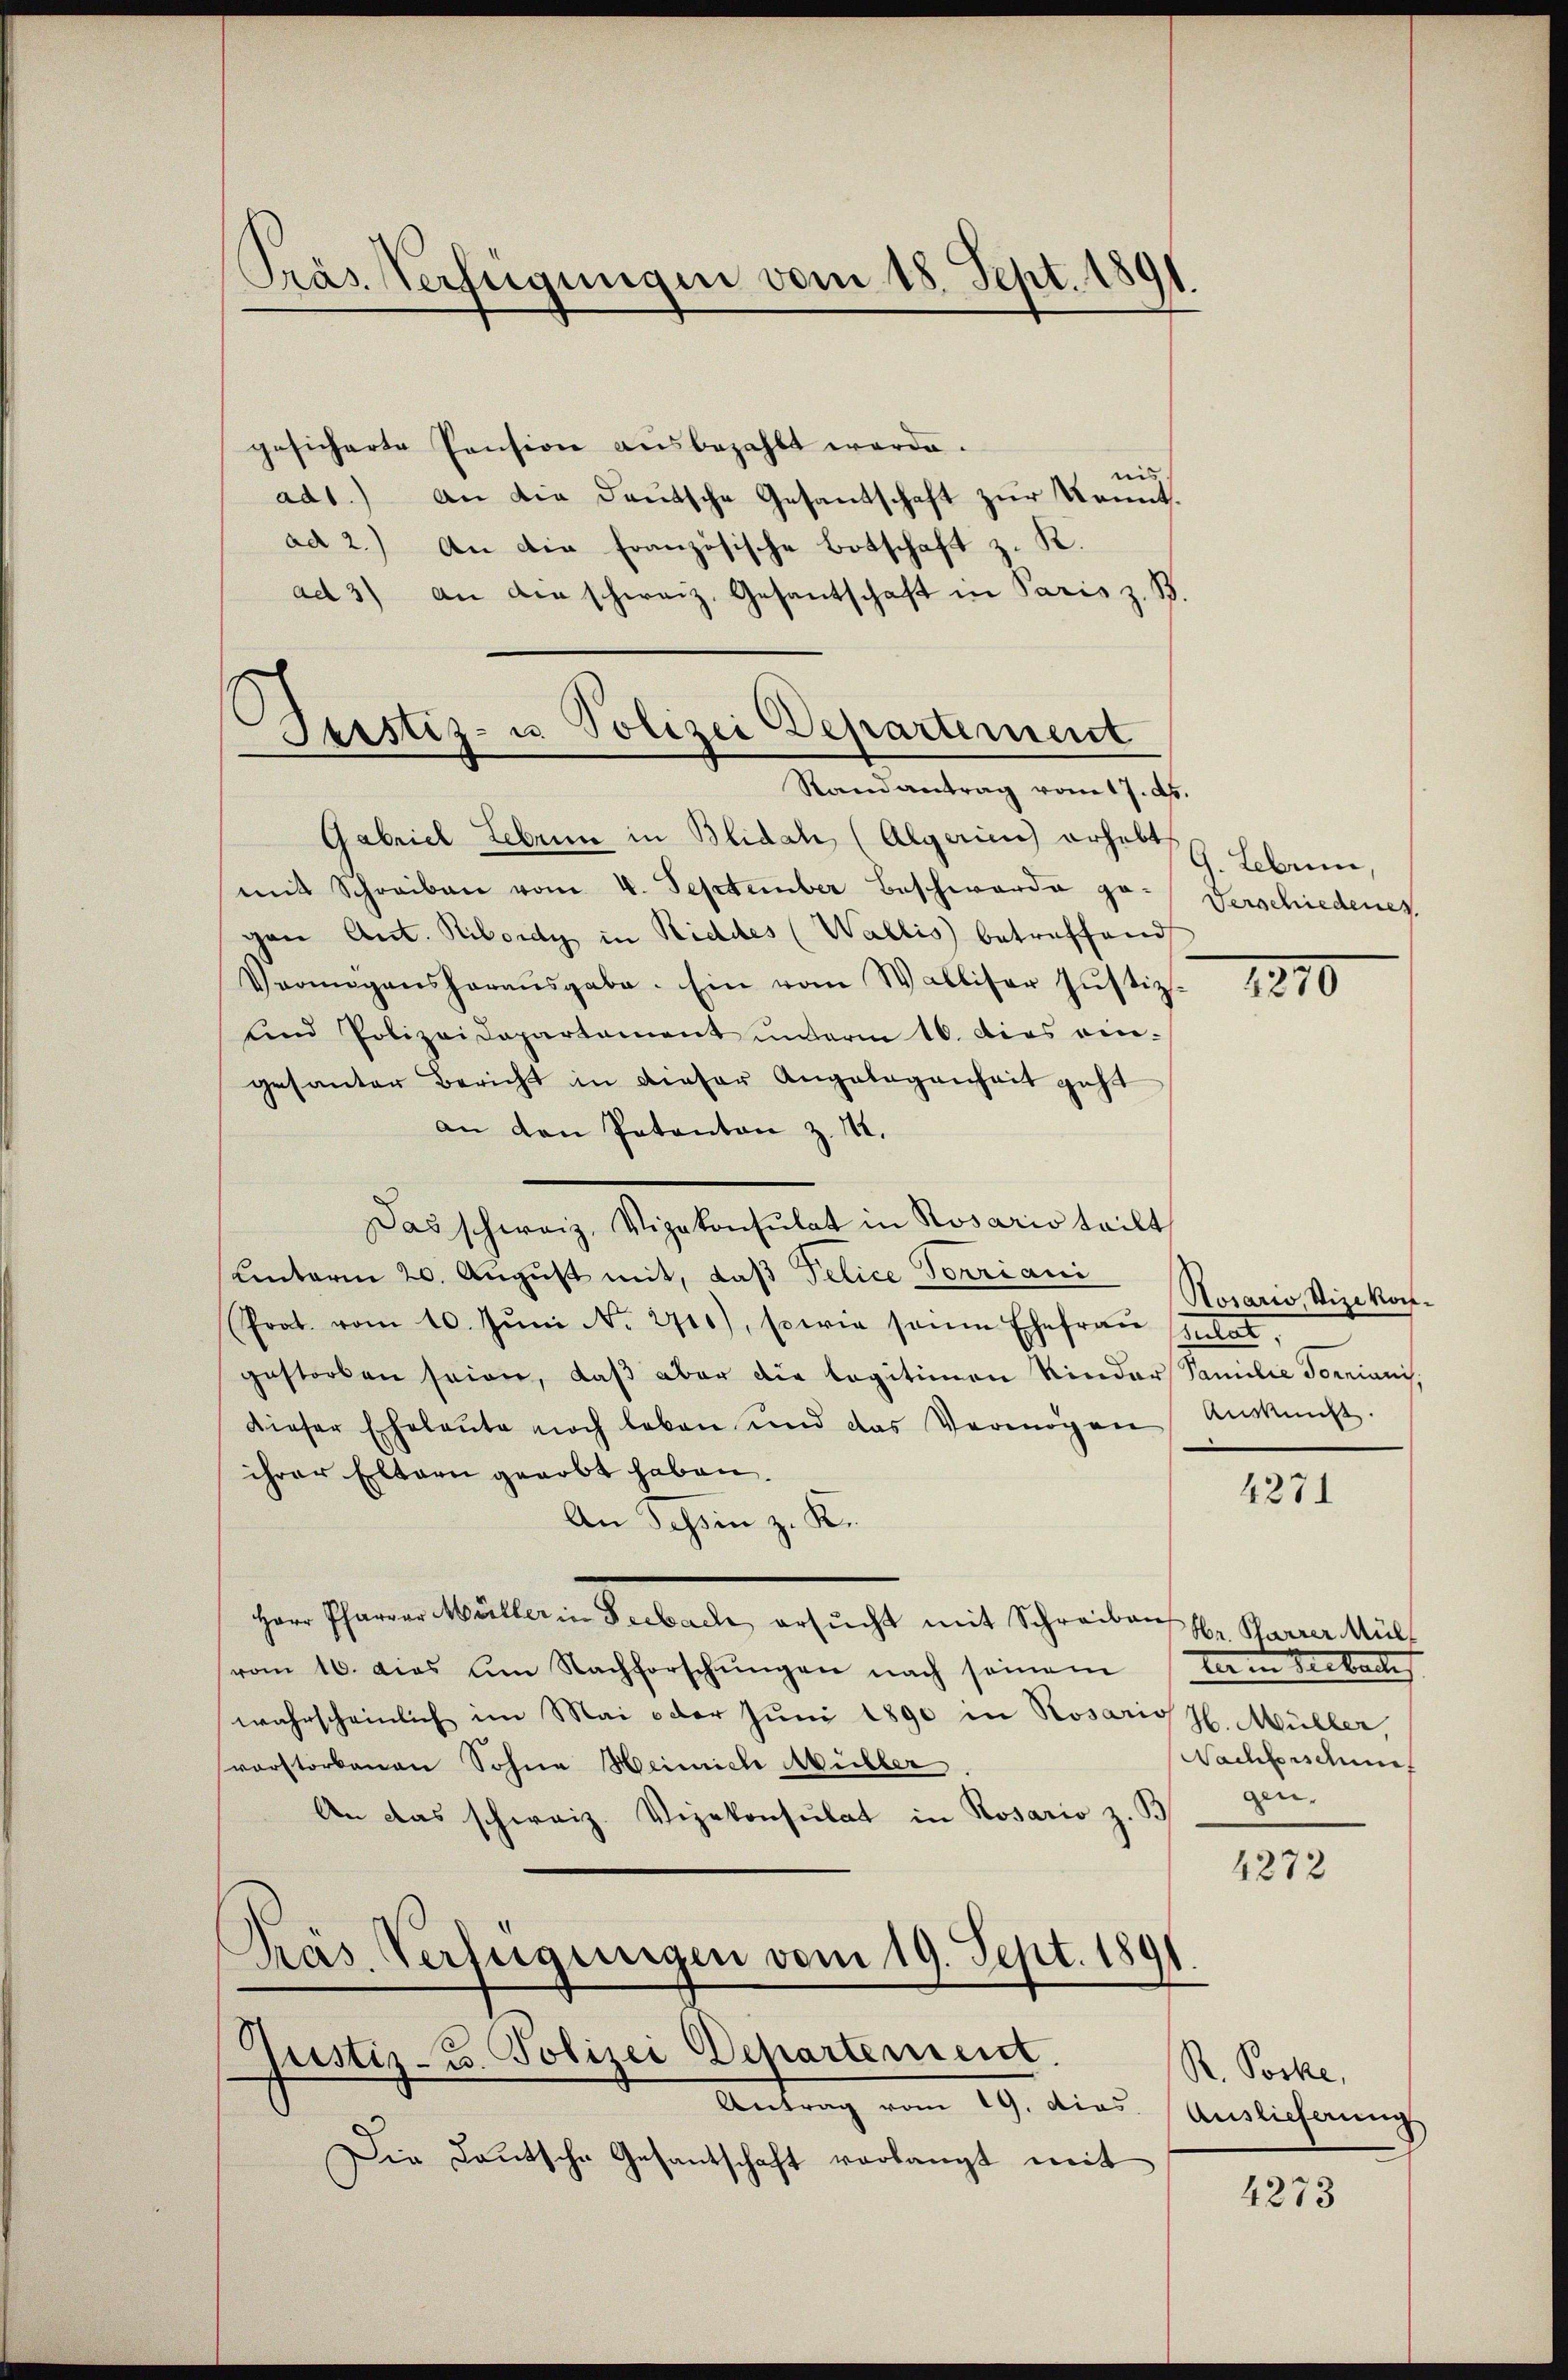
Präs. Verfügungen vom 18. Sept. 1891

.
Justiz- u. Polizei Departement

gesicherte Pension aŭsbezahlt werde.
nis
ad1.) An die Deutsche Gesandschaft zur Kennt.
ad 2.) An die Französische Botschaft z. R.
ad 3) an die schweiz. Gesantschaft in Paris z. B.
Stand antrag vom 17. d.
Gabriel Lebenn in Blidal (Algarin erhebt
mit Schreiben vom 4. September Beschwerde ge- Verschiedenes
gen Ant. Ribordy in Riddes (Wallis betreffend
Vermögenshoraŭsgabe. Ein vom Walliser Justiz - 1890
und Polizeidepartement ŭnterm 16. dies ein-
gesanter Bericht in dieser Angelegenheit geht
an den Patanton z. 142.
Das schweiz. Vizekonsulat in Rosario teilt
unterm 20. August mit, daß Pelice Vorriani
Horario, Vizekon¬
Prot. vom 10. Jŭni No. 2700), sowie seine Ehefrau sulat,
gestorben seien, daβ aber die legitimen Kinder Familie Tomianis
dieser Eheleŭte noch leben und das Vermögen Aŭskŭnft.
ihrer Eltern gearbt haben.
4271
An Tessin z. K.
Herr Pfarrer Müller in Seebach ersucht mit Schreiben Hr. Pfarrer Mül
vom 16. dies am Nachforschungen nach seinem am Seebache
wahrscheinlich im Mai oder Juni 1890 in Rosaris H. Müller,
Nachbeschung
vorstorbenen Sohne Heimich Müller
gen.
An das schweiz. Vizekonsulat in Rosario z. B
4272
Präs. Verfügungen vom 19. Sept. 1891.
Justiz- u. Polizei Departement.
R. Pocke,
Antrag vom 19. die Auslichnung
Die Lautsche Gesantschaft verlangt mit
4273

G. Lebrun,